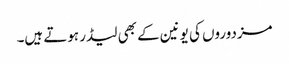
مزدوروں کی یونین کے بھی لیڈر ہوتے ہیں۔